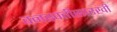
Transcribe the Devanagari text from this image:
वनस्पतीसारखी